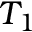
T _ { 1 }